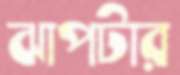
ঝাপটার